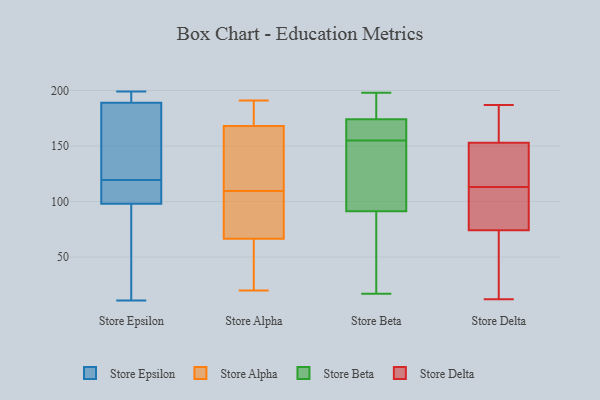
{"axis": {"x": "Budget (USD K)", "y": "Value"}, "legend": ["Store Alpha", "Store Beta", "Store Delta", "Store Epsilon"], "data": [{"x": "", "y": 114, "type": "Store Epsilon"}, {"x": "", "y": 11, "type": "Store Epsilon"}, {"x": "", "y": 191, "type": "Store Epsilon"}, {"x": "", "y": 199, "type": "Store Epsilon"}, {"x": "", "y": 179, "type": "Store Epsilon"}, {"x": "", "y": 51, "type": "Store Epsilon"}, {"x": "", "y": 120, "type": "Store Epsilon"}, {"x": "", "y": 87, "type": "Store Epsilon"}, {"x": "", "y": 119, "type": "Store Epsilon"}, {"x": "", "y": 187, "type": "Store Epsilon"}, {"x": "", "y": 109, "type": "Store Epsilon"}, {"x": "", "y": 199, "type": "Store Epsilon"}, {"x": "", "y": 99, "type": "Store Alpha"}, {"x": "", "y": 65, "type": "Store Alpha"}, {"x": "", "y": 69, "type": "Store Alpha"}, {"x": "", "y": 20, "type": "Store Alpha"}, {"x": "", "y": 170, "type": "Store Alpha"}, {"x": "", "y": 147, "type": "Store Alpha"}, {"x": "", "y": 176, "type": "Store Alpha"}, {"x": "", "y": 94, "type": "Store Alpha"}, {"x": "", "y": 54, "type": "Store Alpha"}, {"x": "", "y": 171, "type": "Store Alpha"}, {"x": "", "y": 159, "type": "Store Alpha"}, {"x": "", "y": 23, "type": "Store Alpha"}, {"x": "", "y": 166, "type": "Store Alpha"}, {"x": "", "y": 68, "type": "Store Alpha"}, {"x": "", "y": 191, "type": "Store Alpha"}, {"x": "", "y": 120, "type": "Store Alpha"}, {"x": "", "y": 176, "type": "Store Beta"}, {"x": "", "y": 17, "type": "Store Beta"}, {"x": "", "y": 156, "type": "Store Beta"}, {"x": "", "y": 92, "type": "Store Beta"}, {"x": "", "y": 168, "type": "Store Beta"}, {"x": "", "y": 155, "type": "Store Beta"}, {"x": "", "y": 140, "type": "Store Beta"}, {"x": "", "y": 185, "type": "Store Beta"}, {"x": "", "y": 145, "type": "Store Beta"}, {"x": "", "y": 198, "type": "Store Beta"}, {"x": "", "y": 45, "type": "Store Beta"}, {"x": "", "y": 177, "type": "Store Beta"}, {"x": "", "y": 35, "type": "Store Beta"}, {"x": "", "y": 91, "type": "Store Beta"}, {"x": "", "y": 155, "type": "Store Beta"}, {"x": "", "y": 42, "type": "Store Delta"}, {"x": "", "y": 156, "type": "Store Delta"}, {"x": "", "y": 97, "type": "Store Delta"}, {"x": "", "y": 180, "type": "Store Delta"}, {"x": "", "y": 118, "type": "Store Delta"}, {"x": "", "y": 12, "type": "Store Delta"}, {"x": "", "y": 157, "type": "Store Delta"}, {"x": "", "y": 30, "type": "Store Delta"}, {"x": "", "y": 187, "type": "Store Delta"}, {"x": "", "y": 28, "type": "Store Delta"}, {"x": "", "y": 141, "type": "Store Delta"}, {"x": "", "y": 85, "type": "Store Delta"}, {"x": "", "y": 98, "type": "Store Delta"}, {"x": "", "y": 152, "type": "Store Delta"}, {"x": "", "y": 113, "type": "Store Delta"}, {"x": "", "y": 93, "type": "Store Delta"}, {"x": "", "y": 151, "type": "Store Delta"}]}